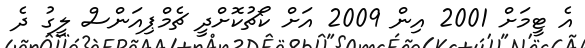
އެ ޓީމަށް 2001 އިން 2009 އަށް ކޯޗުކޮށްދީ ޗެމްޕިއަންސް ލީގު ދެ